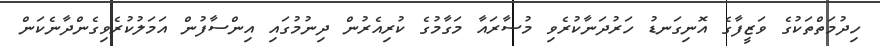
ހިދުމަތްތަކުގެ ވަޒީފާގެ އޮނިގަނޑު ހަރުދަނާކުރެވި މުސާރައާ މަގާމުގެ ކުރިއެރުން ދިނުމުގައި އިންސާފުން އަމަލުކުރެވިގެންދާނެކަން